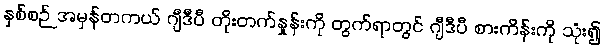
နှစ်စဉ် အမှန်တကယ် ဂျီဒီပီ တိုးတက်နှုန်းကို တွက်ရာတွင် ဂျီဒီပီ စားကိန်းကို သုံး၍